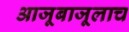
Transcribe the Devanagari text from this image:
आजूबाजूलाच